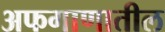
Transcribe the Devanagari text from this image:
अफगाणातील